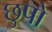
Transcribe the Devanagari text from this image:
छुपो